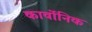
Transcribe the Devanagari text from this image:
कार्वोनिक